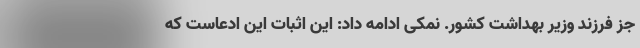
جز فرزند وزیر بهداشت کشور. نمکی ادامه داد: این اثبات این ادعاست که